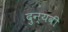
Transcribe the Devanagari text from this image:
दुन्यवी